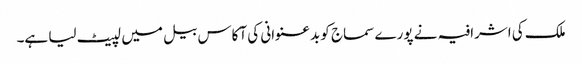
ملک کی اشرافیہ نے پورے سماج کو بدعنوانی کی آکاس بیل میں لپیٹ لیا ہے۔